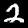
Label: 2